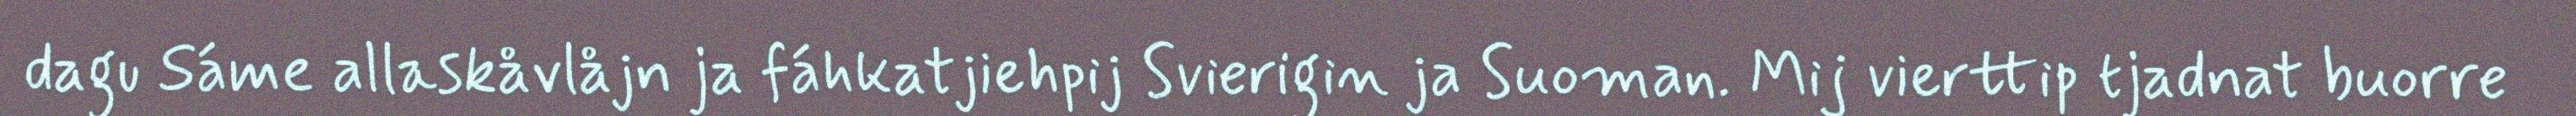
dagu Sáme allaskåvlåjn ja fáhkatjiehpij Svierigin ja Suoman. Mij vierttip tjadnat buorre